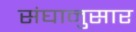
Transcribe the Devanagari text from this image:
संघानुसार